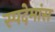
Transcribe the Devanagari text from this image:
स्पदेमांस